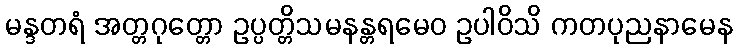
မန္ဒတရံ အတ္တဂုတ္တော ဥပ္ပတ္တိသမနန္တရမေဝ ဥပါဝိသိ ကတပုညနာမေန